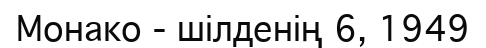
Монако - шілденің 6, 1949